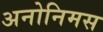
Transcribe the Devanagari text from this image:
अनोनिमस